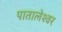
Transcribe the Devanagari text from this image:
पातालेश्‍वर